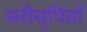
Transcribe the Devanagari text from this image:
सरीसृपियों